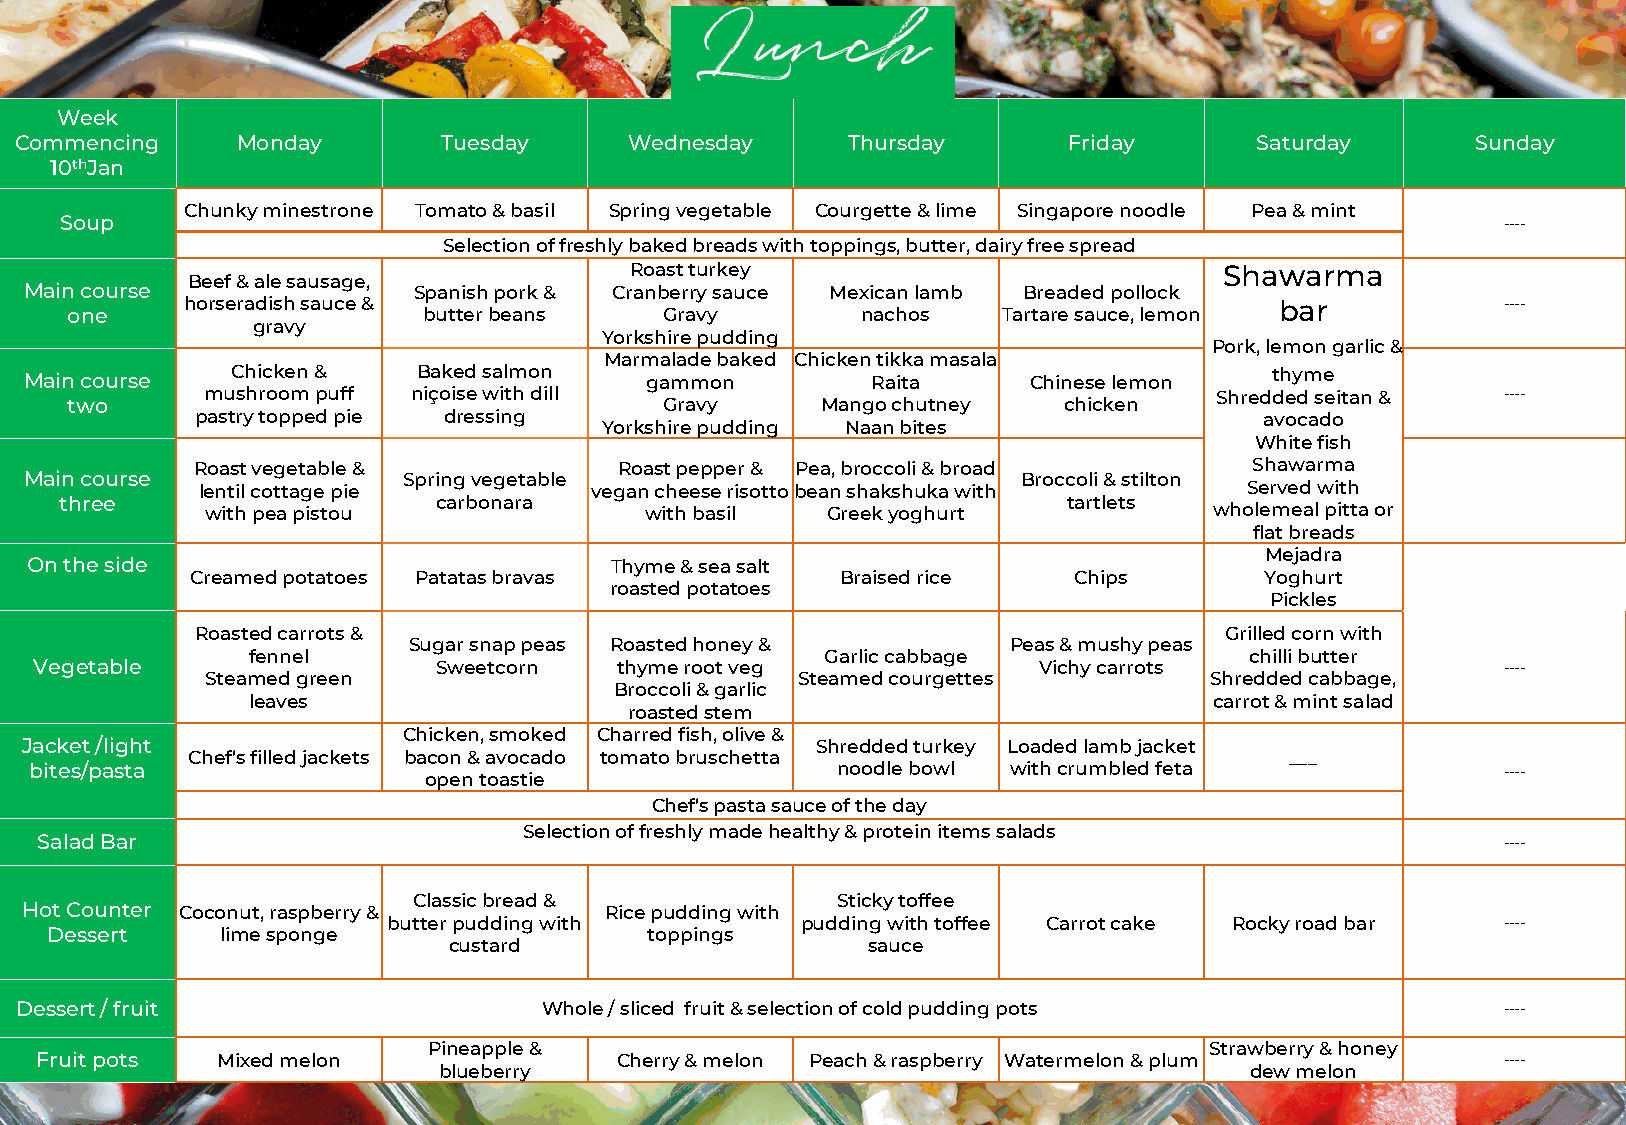
Week
 Commencing     Monday       Tuesday      Wednesday     Thursday       Friday      Saturday       Sunday
 10thJan
 Chunky minestrone Tomato & basil Spring vegetable Courgette & lime Singapore noodle Pea & mint
 Soup                                                                                            ----
 Selection of freshly baked breads with toppings, butter, dairy free spread
 Roast turkey                           Shawarma
 Beef & ale sausage,
 Main course              Spanish pork & Cranberry sauce Mexican lamb Breaded pollock
 horseradish sauce &                                                      bar            ----
 one                     butter beans    Gravy        nachos   Tartare sauce, lemon
 gravy
 Yorkshire pudding
 Pork, lemon garlic &
 Marmalade baked Chicken tikka masala
 Main course  Chicken &    Baked salmon   gammon         Raita     Chinese lemon   thyme
 mushroom puff niçoise with dill                                   Shredded seitan &   ----
 two                                     Gravy     Mango chutney   chicken
 pastry topped pie dressing                                             avocado
 Yorkshire pudding Naan bites
 White fish
 Roast vegetable &           Roast pepper & Pea, broccoli & broad      Shawarma
 Main course              Spring vegetable                         Broccoli & stilton
 lentil cottage pie        vegan cheese risotto bean shakshuka with    Served with
 three                    carbonara                                 tartlets
 with pea pistou              with basil  Greek yoghurt            wholemeal pitta or
 flat breads
 Mejadra
 On the side                           Thyme & sea salt
 Creamed potatoes Patatas bravas            Braised rice   Chips        Yoghurt
 roasted potatoes
 Pickles
 Roasted carrots &                                                   Grilled corn with
 Sugar snap peas Roasted honey &         Peas & mushy peas
 fennel                                 Garlic cabbage              chilli butter
 Vegetable                  Sweetcorn   thyme root veg              Vichy carrots                  ----
 Steamed green                          Steamed courgettes         Shredded cabbage,
 Broccoli & garlic
 leaves                                                         carrot & mint salad
 roasted stem
 Chicken, smoked Charred fish, olive &
 Jacket /light                                        Shredded turkey Loaded lamb jacket
 Chef’s filled jackets bacon & avocado tomato bruschetta                  ___
 bites/pasta                                          noodle bowl with crumbled feta               ----
 open toastie
 Chef’s pasta sauce of the day
 Selection of freshly made healthy & protein items salads
 Salad Bar                                                                                         ----
 Classic bread &             Sticky toffee
 Hot Counter Coconut, raspberry &       Rice pudding with
 butter pudding with        pudding with toffee Carrot cake Rocky road bar ----
 Dessert     lime sponge                 toppings
 custard                    sauce
 Dessert / fruit                    Whole / sliced fruit & selection of cold pudding pots           ----
 Pineapple &                                         Strawberry & honey
 Fruit pots  Mixed melon                Cherry & melon Peach & raspberry Watermelon & plum         ----
 blueberry                                             dew melon